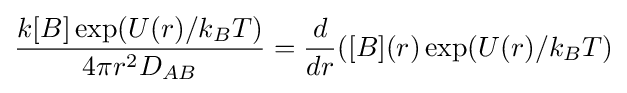
{\frac {k[B]\exp(U(r)/k_{B}T)}{4\pi r^{2}D_{AB}}}={\frac {d}{dr}}([B](r)\exp(U(r)/k_{B}T)